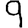
Digit: 9